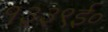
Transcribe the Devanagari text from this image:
१३३९ई०